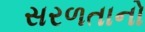
સરળતાનો